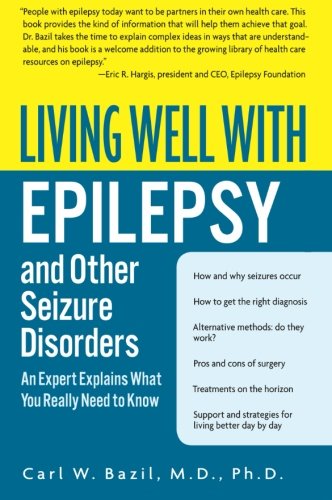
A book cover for Living Well with Epilepsy and Other Seizure Disorders: An Expert Explains What You Really Need to Know (Living Well (Collins)); Carl W. Bazil; Health, Fitness & Dieting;